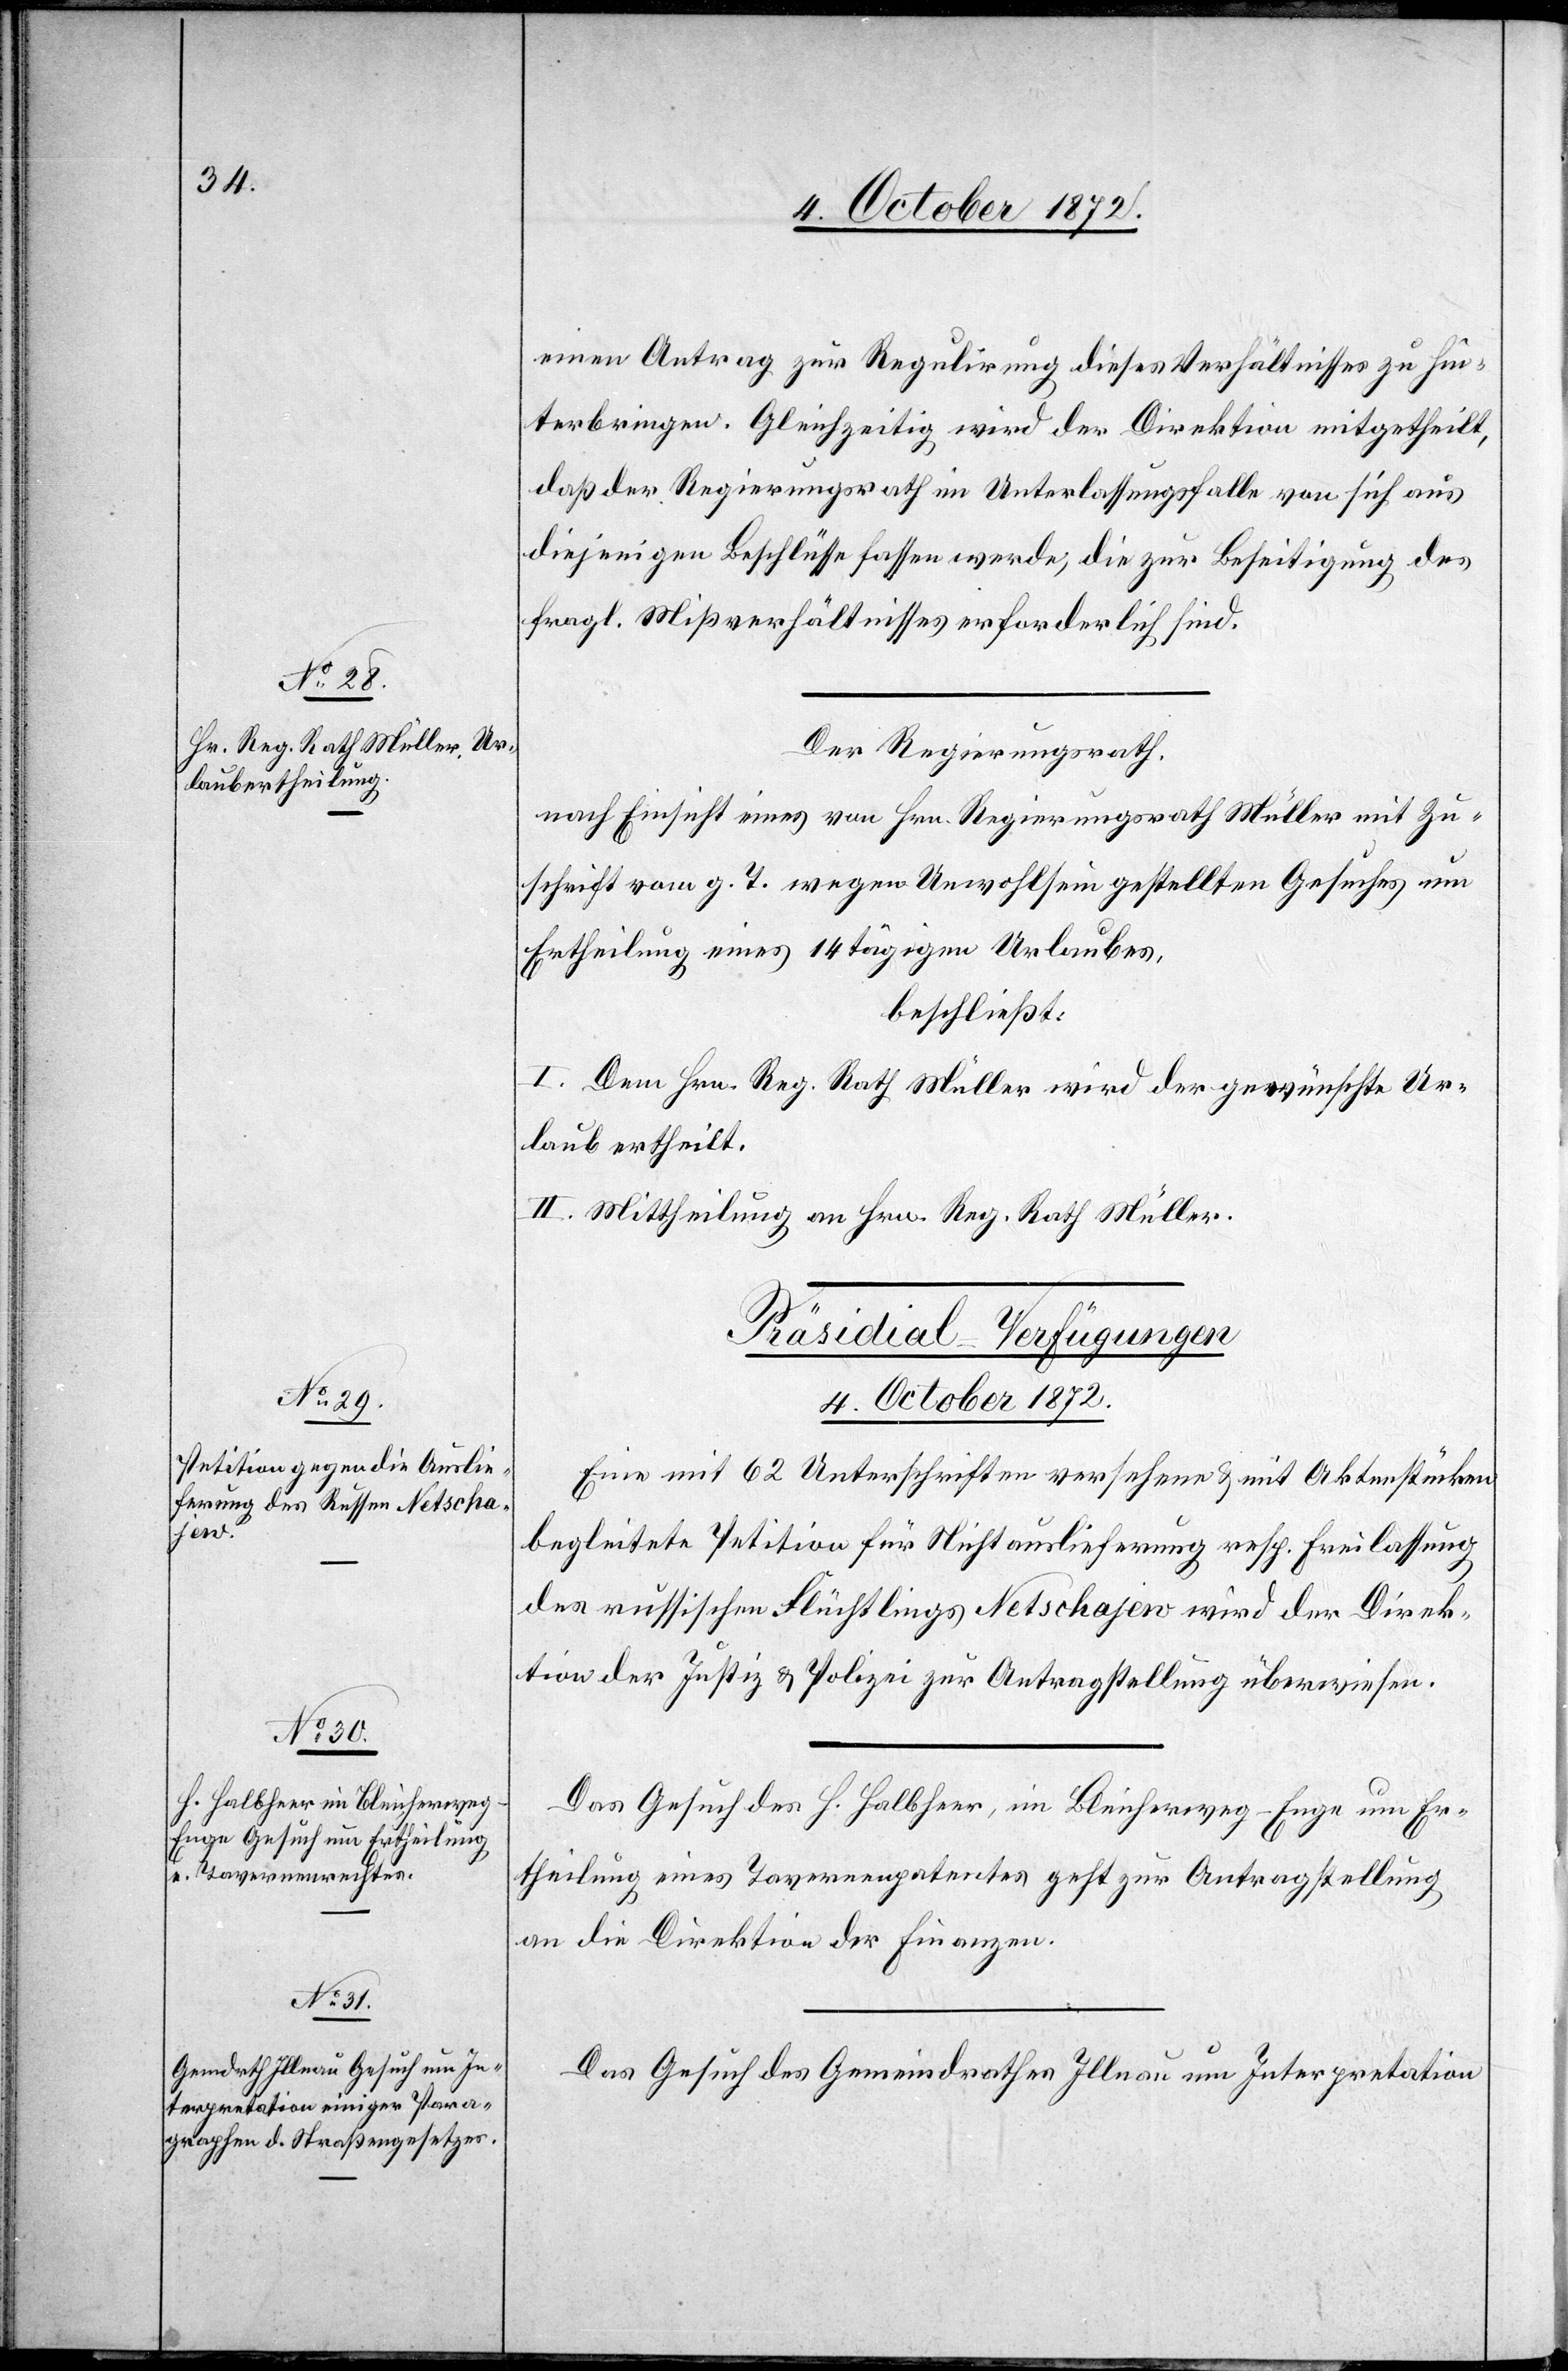
einen Antrag zur Regulirung dieses Verhältnisses zu hin¬
terbringen. Gleichzeitig wird der Direktion mitgetheilt,
daß der Regierungsrath im Unterlassungsfalle von sich aus
diejenigen Beschlüsse fassen werde, die zur Beseitigung des
fragl. Mißverhältnisses erforderlich sind.
Der Regierungsrath,
nach Einsicht eines von Hrn. Regierungsrath Müller mit Zu¬
schrift vom g. T. wegen Unwohlsein gestellten Gesuches um
Ertheilung eines 14tägigen Urlaubes,
beschließt:
I. Dem Hrn. Reg. Rath Müller wird der gewünschte Ur¬
laub ertheilt.
II. Mittheilung an Hrn. Reg. Rath Müller.
[Präsidial-Verfügungen
4. October 1872.]
Eine mit 62 Unterschriften versehene u. mit Aktenstücken
begleitete Petition für Nichtauslieferung resp. Freilassung
des russischen Flüchtlings Netchajew wird der Direk¬
tion der Justiz u. Polizei zur Antragstellung überwiesen.
Das Gesuch des H. Halbheer, im Bleicherweg-Enge um Er¬
theilung eines Tavernenrechtes geht zur Antragstellung
an die Direktion der Finanzen.
Das Gesuch des Gemeindrathes Illnau um Interpretation